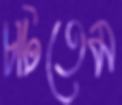
চাটতেম